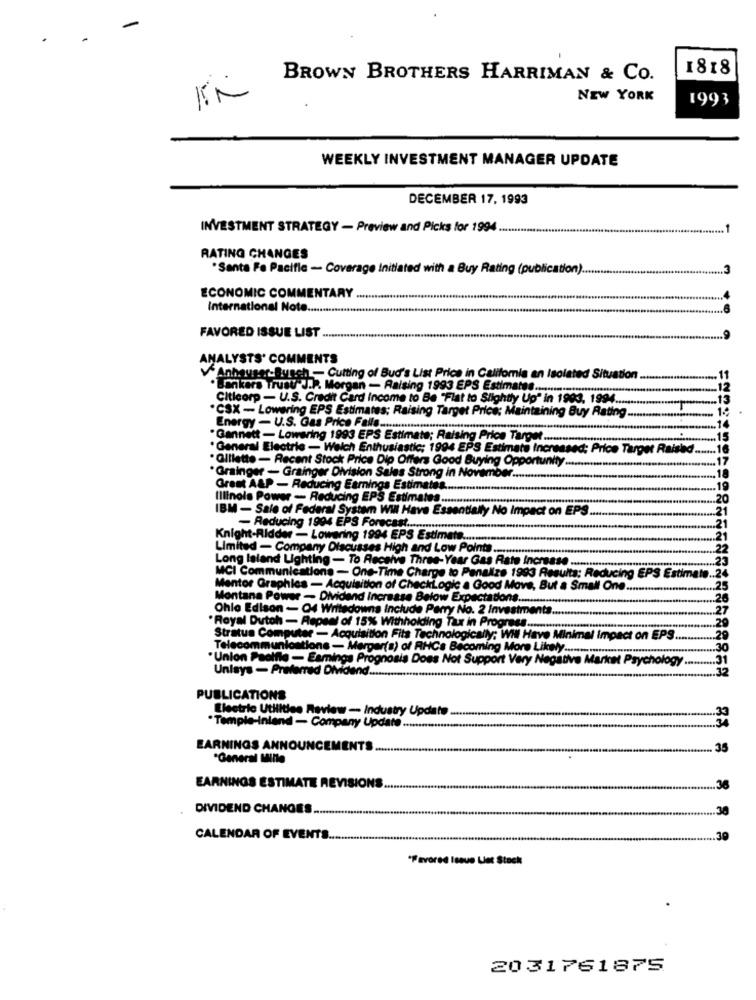
1818
BROWN BROTHERS HARRIMAN & CO.
NEW YORK
1993
WEEKLY INVESTMENT MANAGER UPDATE
DECEMBER 17, 1993
INVESTMENT STRATEGY - Preview and Picks for 1994 ..
RATING CHANGES
"Santa Fe Pacifle - Coverage Initiated with a Buy Rating (publication).
ECONOMIC COMMENTARY
International Noto ...........
FAVORED ISSUE LIST
ANALYSTS' COMMENTS
"Anhauser-Busch - Cutting of Bud's List Price in California an Isolate
d Situation
. Bankers Trust J.P. Morgan - Raising 1993 EPS Estimates ..
Citicorp - U.S. Credit Card Income to Be "Flat to Slightly Up" in 1993, 1994 ..
*CSX - Lowering EPS Estimates; Raising Target Price: Maintaining Buy Rating
Energy - U.S. Gas Price Falls ..........
*Gannett - Lowering 1993 EPS Estimate; Raising Price Target ...........
. General Electric - Welch Enthusiastic; 1994 EPS Estimate Increased; Price Target Rais
.Gillette - Recent Stock Price Dip Offers Good Buying Opportunity .....
*Grainger - Grainger Division Sales Strong in November ..
Greet A&P - Reducing Earnings Estimates .....
Illinois Power - Reducing EPS Estimates ....
IBM - Sale of Federal System Will Have Essentially No Impact on EPS
- Reducing 1994 EPS Forecast ...............
Knight-Ridder - Lowering 1994 EPS Estimate ...
Limited - Company Discusses High and Low Points
Long Island Lighting - To Receive Three-Year Gas Rate Increase.
MCI Communications - One-Time Charge to Penalize 1993 Results: Reducing EPS Estime
Mentor Graphics - Acquisition of CheckLogic a Good Move, But a Small One .......
.. 25
Montana Power - Dividend Increase Below Expect
Chle Edison - O4 Writedowns Include Perry No. 2 Investments.
.Royal Dutch - Repeal of 15% Withholding Tax in Prog
Stratus Computer - Acquisition Fits Technologically; WHI Have M
I impact on EPS.
Telecommunications - Merger(s) of RHCs Becoming More Likely.
-
.Union Paolfie
Proffle - Earnings Prognosis Does Not Support Very Negath
arket Psychology
Unisys - Preferred Dividend ......
PUBLICATIONS
Electric Utilities Review - Industry Update
.Temple-Inland - Company Update
EARNINGS ANNOUNCEMENTS .....
*General Mille
EARNINGS ESTIMATE REVISIONS ..
DIVIDEND CHANGES.
CALENDAR OF EVENTS .......
"Favored Issue Liet Stock
2031761875